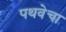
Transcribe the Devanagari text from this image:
पथवेचा